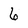
Character: 6